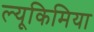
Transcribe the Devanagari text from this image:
ल्यूकिमिया